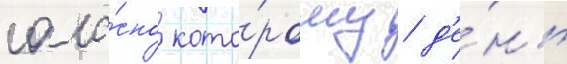
согла́сно кото́рому / д'е́нь